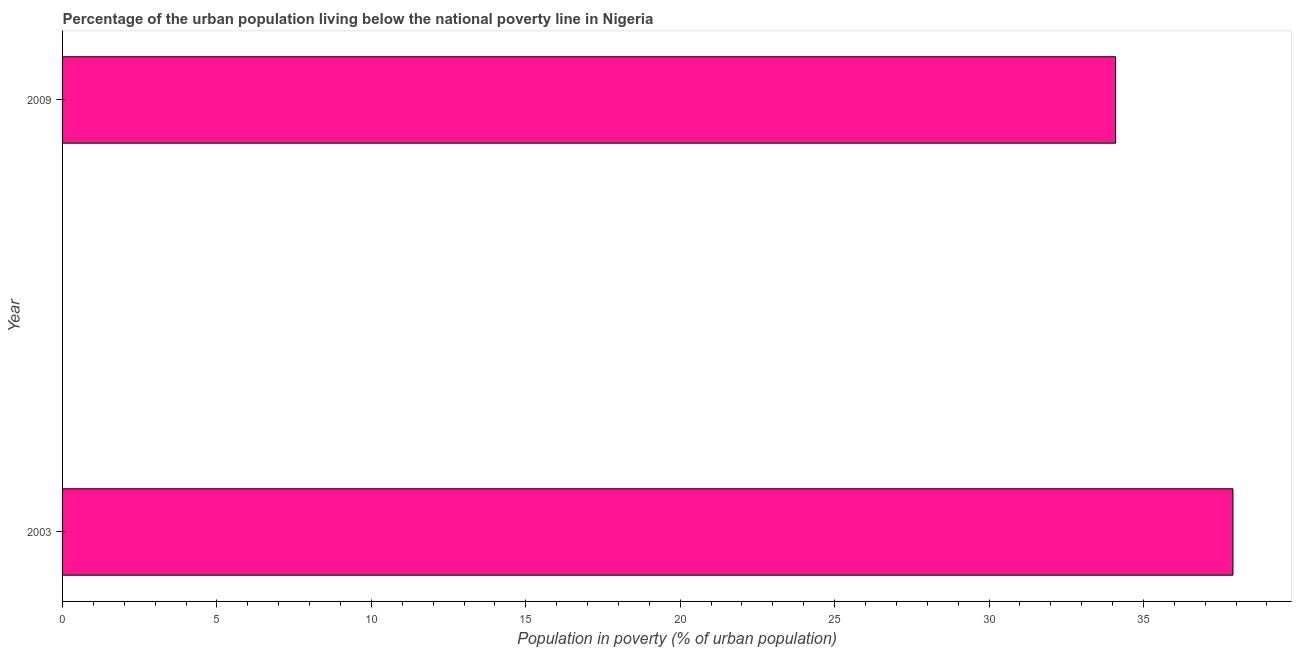
| Year | Urban poverty headcount ratio |
 | --- | --- |
 | 2003 | 37.9 |
 | 2009 | 34.1 |